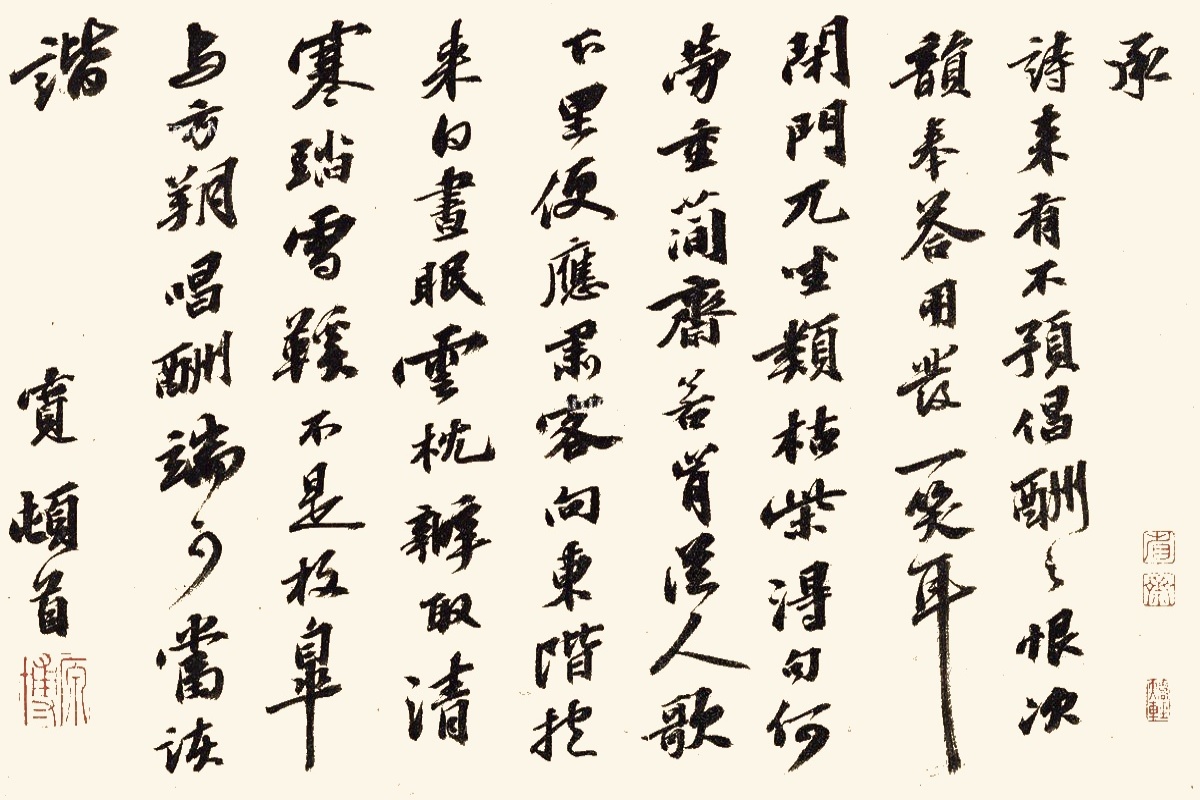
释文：承诗来，有不预倡酬之恨，次韵奉答，用发一笑耳。闭门兀坐类枯柴，得句何劳重简斋。若肯从人歌下里，便应肃客向东阶。抱来白昼眠云枕，办取清寒踏雪鞵。不是枚皋与方朔，唱酬端可当诙谐。宽顿首。原博（朱）